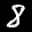
Label: 8